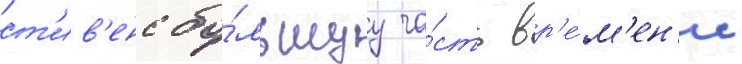
ст'ив'енс бо́льшуу ча́сть вр'е́м'ен'и